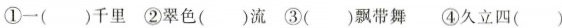
①一()千里 ②翠色()流 ③()飘带舞 ④久立四()